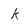
Character: k